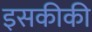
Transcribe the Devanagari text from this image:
इसकीकी